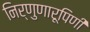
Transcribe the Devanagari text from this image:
निर्णुणारूपिणी